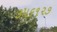
૩૫૬૧૨૭